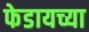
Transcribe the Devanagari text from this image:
फेडायच्या